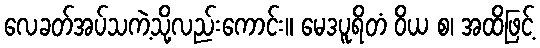
လေခတ်အပ်သကဲ့သို့လည်းကောင်း။ မေဒပူရိတံ ဝိယ စ၊ အထိဖြင့်